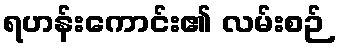
ရဟန်းကောင်း၏ လမ်းစဉ်